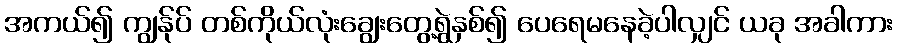
အကယ်၍ ကျွန်ုပ် တစ်ကိုယ်လုံးချွေးတွေ့ရွဲနှစ်၍ ပေရေမနေခဲ့ပါလျှင် ယခု အခါကား